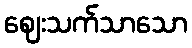
ဈေးသက်သာသော